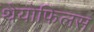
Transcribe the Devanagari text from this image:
थेयोफिलस